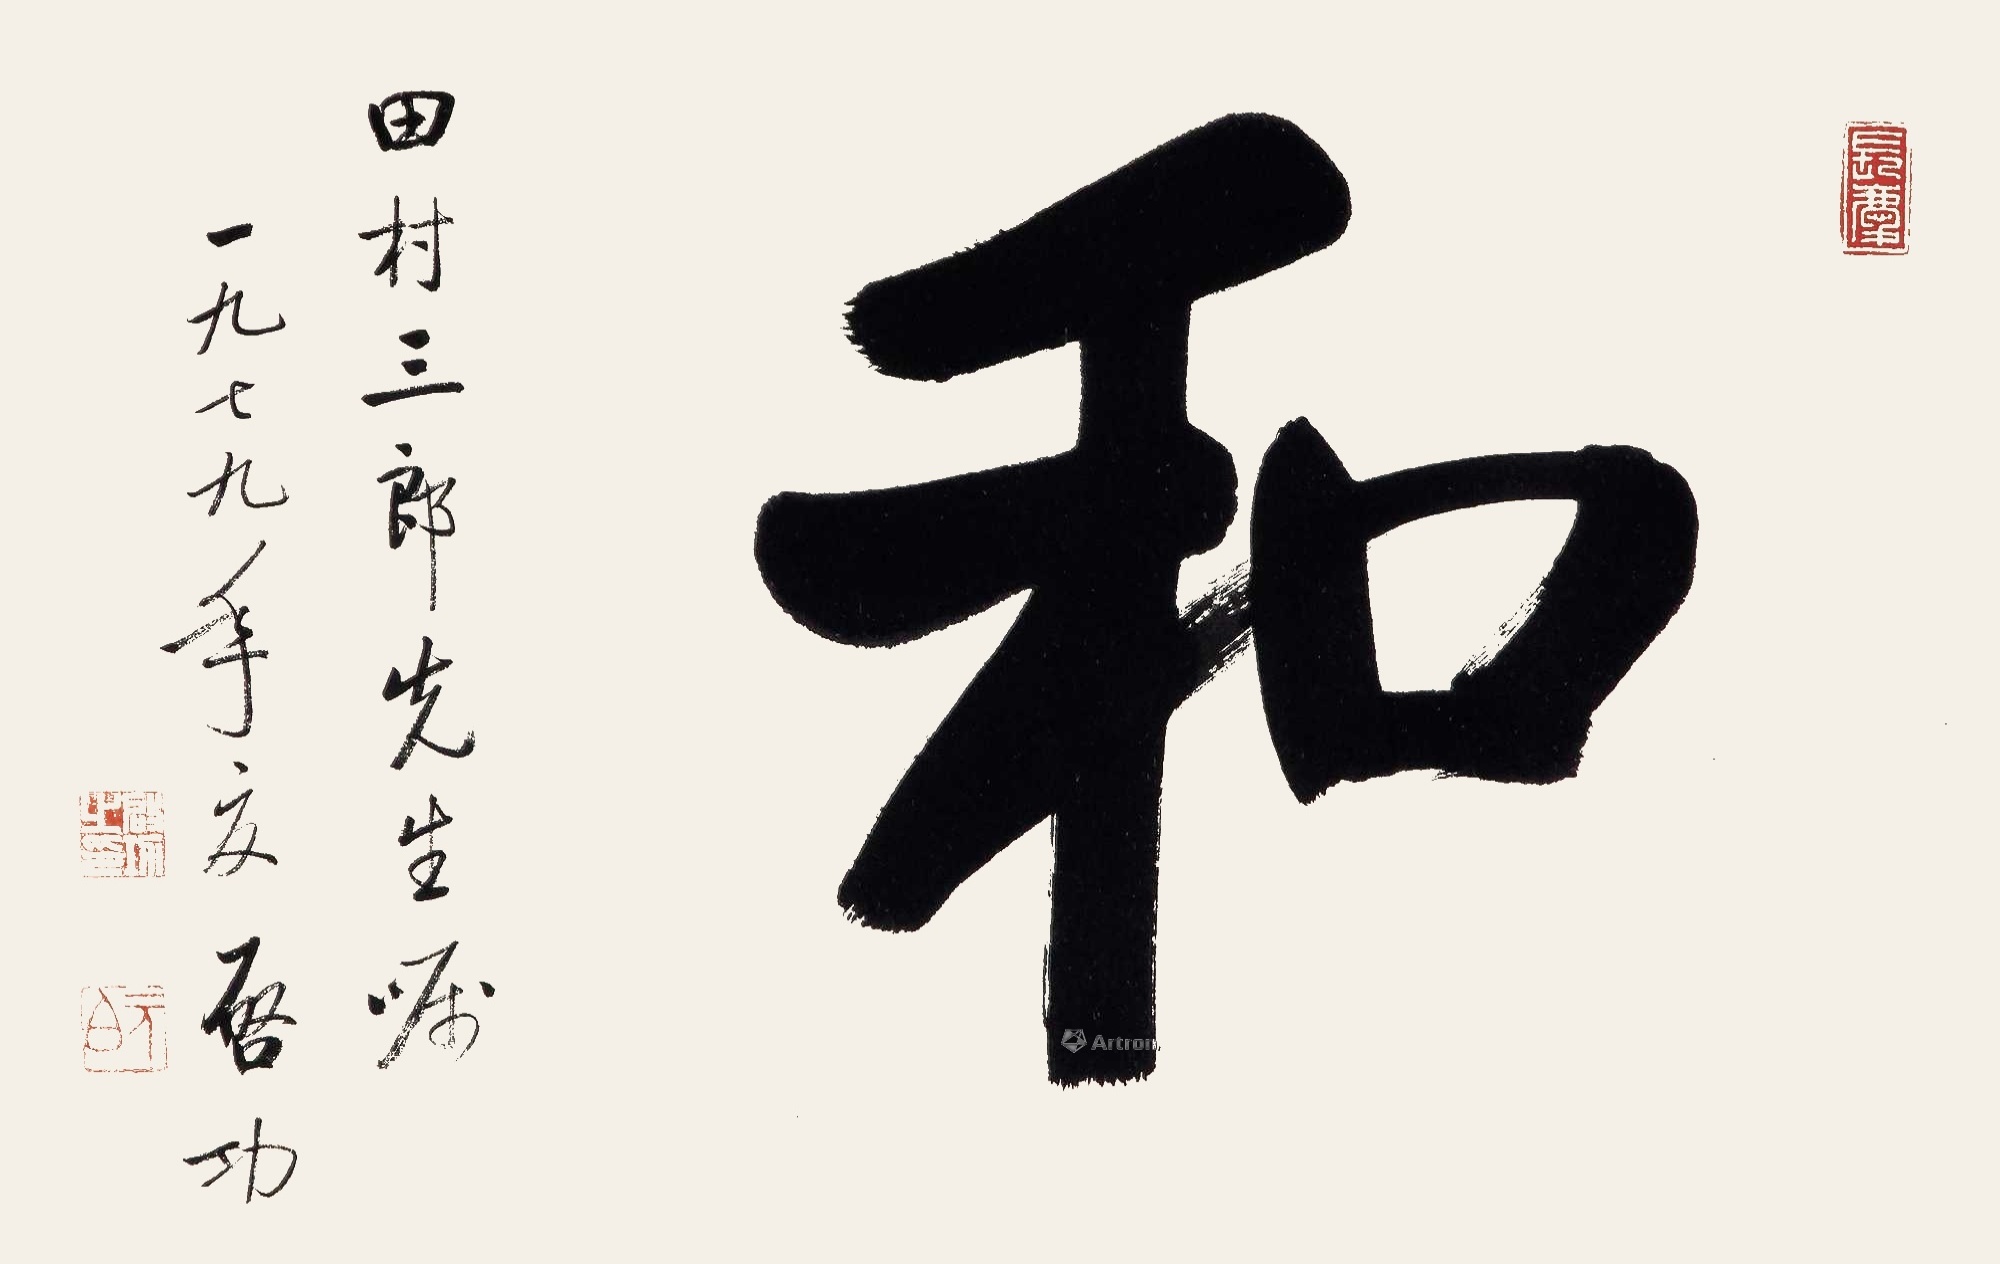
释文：和田村三郎先生属，一九七九年夏。启功。